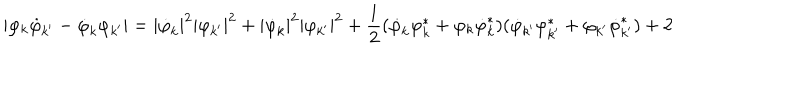
| \varphi _ { k } \dot { \varphi } _ { k ^ { \prime } } - \dot { \varphi } _ { k } \varphi _ { k ^ { \prime } } | = | \dot { \varphi } _ { k } | ^ { 2 } | \varphi _ { k ^ { \prime } } | ^ { 2 } + | \dot { \varphi } _ { k } | ^ { 2 } | \varphi _ { k ^ { \prime } } | ^ { 2 } + \frac 1 2 ( \dot { \varphi } _ { k } \varphi _ { k } ^ { * } + \varphi _ { k } \dot { \varphi } _ { k } ^ { * } ) ( \dot { \varphi } _ { k ^ { \prime } } \varphi _ { k ^ { \prime } } ^ { * } + \varphi _ { k ^ { \prime } } \dot { \varphi } _ { k ^ { \prime } } ^ { * } ) + 2